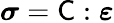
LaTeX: {\boldsymbol{\sigma}}={\mathsf{C}}:{\boldsymbol{\varepsilon}}